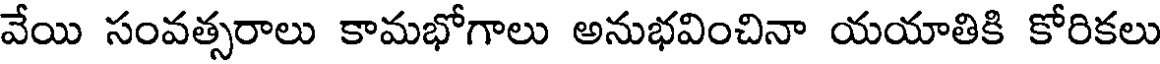
వేయి సంవత్సరాలు కామభోగాలు అనుభవించినా యయాతికి కోరికలు